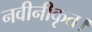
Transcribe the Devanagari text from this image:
नवीनीकृत।